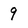
Character: 9